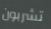
تشربون